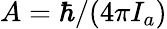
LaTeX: A=\hbar/(4\pi I_{a})